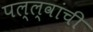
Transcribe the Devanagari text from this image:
पल्ल्वांची